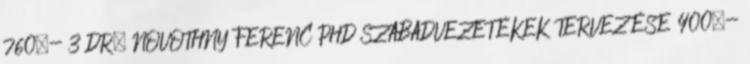
760,- 3 DR. NOVOTHNY FERENC PHD SZABADVEZETÉKEK TERVEZÉSE 400,-